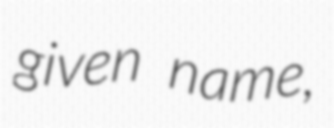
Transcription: given name,